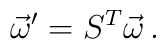
\vec{\omega}^{\prime} = S^{T}\vec{\omega}\, .